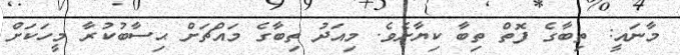
މާނައީ: ތިބާގެ ފޮތް ތިބާ ކިޔާށެވެ. މިއަދު ތިބާގެ މައްޗަށް ޙިސާބުކުރާ މީހަކަށް